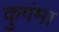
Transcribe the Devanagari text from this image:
कुगंमा